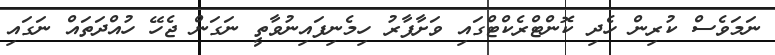
ނަމަވެސް ކުރިން ހެދި ކޮންޓްރެކްޓްގައި ވަށާފާރު ހިމެނިފައިނުވާތީ ނަގަން ޖެހޭ ހުއްދަތައް ނަގައި